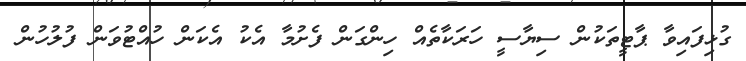
ގުޅިފައިވާ ޕާޓީތަކުން ސިޔާސީ ހަރަކާތެއް ހިންގަން ފެށުމާ އެކު އެކަން ހުއްޓުވަން ފުލުހުން